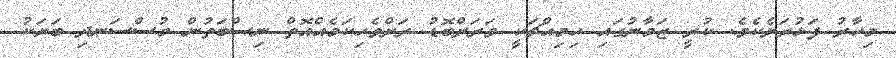
މިހާރު ފަޅުރަށެކެވެ. ކުރީ ޒަމާނުގައި ހިމިއްޗަކީ ވަރަށްބޮޑު ރަށްވެހިކަމެއްއޮތް ނިސްބަތުން މުސްސަނދި ބަޔަކު